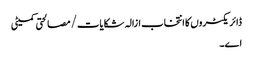
ڈائریکٹروں کا انتخاب ازالہ شکایات/ مصالحتی کمیٹی
اے۔